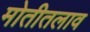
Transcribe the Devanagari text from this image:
मोतीतलाव